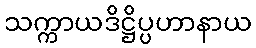
သက္ကာယဒိဋ္ဌိပ္ပဟာနာယ